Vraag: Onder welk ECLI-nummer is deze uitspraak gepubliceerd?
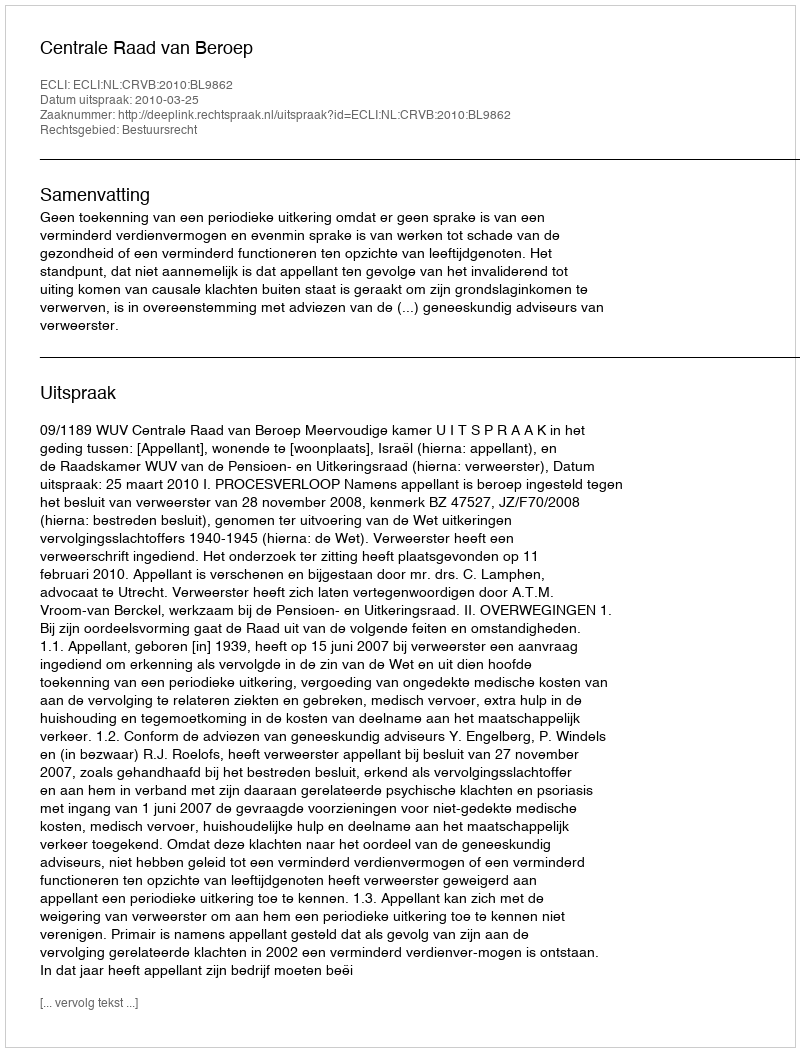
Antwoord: ECLI:NL:CRVB:2010:BL9862